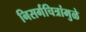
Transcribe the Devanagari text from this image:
निसर्गचित्रांमुळे